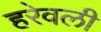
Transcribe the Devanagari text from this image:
हरेवली